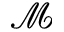
\mathcal { M }